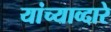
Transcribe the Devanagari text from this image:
यांच्याव्दारे